Leaving Certificate Examination (including Day School Certificate (Higher) General paper), 1932
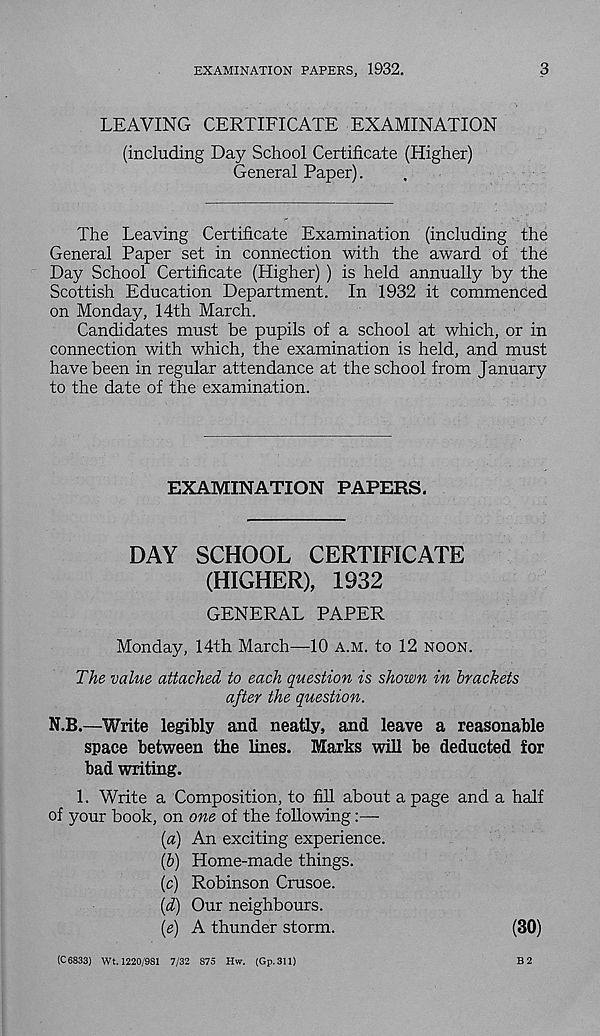
EXAMINATION PAPERS, 1932.
3
LEAVING CERTIFICATE EXAMINATION
(including Day School Certificate (Higher)
General Paper).
The Leaving Certificate Examination (including the
General Paper set in connection with the award of the
Day School Certificate (Higher) ) is held annually by the
Scottish Education Department. In 1932 it commenced
on Monday, 14th March.
Candidates must be pupils of a school at which, or in
connection with which, the examination is held, and must
have been in regular attendance at the school from January
to the date of the examination.
EXAMINATION PAPERS.
DAY SCHOOL CERTIFICATE
(HIGHER), 1932
GENERAL PAPER
Monday, 14th March—10 A.M. to 12 NOON.
The value attached to each question is shown in brackets
after the question.
N.B.—Write legibly and neatly, and leave a reasonable
space between the lines. Marks will be deducted for
bad writing.
1. Write a Composition, to fill about a page and a half
of your book, on one of the following
(а) An exciting experience.
(б) Home-made things.
(c) Robinson Crusoe.
(d) Our neighbours.
(e) A thunder storm.
(30)
(C 6833) Wt. 1220/981 7/32 875 Hw. (Gp.311)
B 2